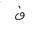
Letter: _fa